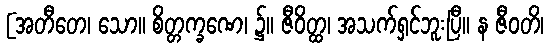
[အတီတေ၊ သော။ စိတ္တက္ခဏေ၊ ၌။ ဇီဝိတ္ထ၊ အသက်ရှင်ဘူးပြီ။ န ဇီဝတိ၊